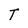
Character: T